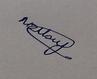
Signature authenticity: genuine